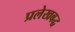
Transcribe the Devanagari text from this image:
प्रलेखबद्ध